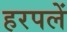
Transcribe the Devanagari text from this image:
हरपलें